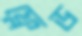
ফ্লেড